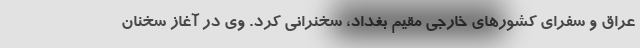
عراق و سفرای کشورهای خارجی مقیم بغداد، سخنرانی کرد. وی در آغاز سخنان